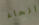
انحاء